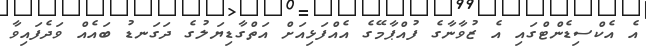
އެ އެކްސިޑެންޓްގައި އެ ޒުވާނާގެ ފުއްޕާމޭގެ އެއްފަޅިއަށް އަތްގާޑިޔަލުގެ ދަގަނޑު ބައެއް ވަދެފައިވާ